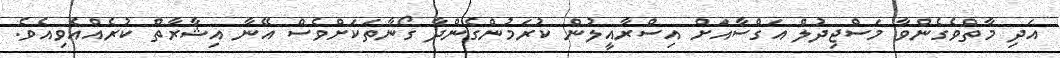
އަދި މާތްވެގެންވާ މަސްޖިދުލް އަގްސާއަށް އިސްރާއީލުން ކުރަމުންގެންދާ ގޯނާތަކަށްވެސް އޭނާ އިޝާރާތް ކުރެއްއެވިއެވެ.